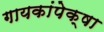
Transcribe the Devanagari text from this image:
गायकांपेक्षा